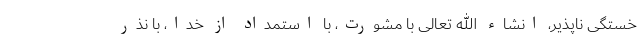
خستگی ناپذیر، انشاء الله تعالی با مشورت، با استمداد از خدا، با نذر